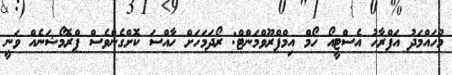
މުހައްމަދު އަފްރާހު އެސްޓީއޯ ހޯމް އިމްޕްރޫވްމަންޓް: ރޯދަމަހަށް ހާއްސަ ކޮށްގެންވެސް ޕްރޮމޯޝަނެއް ވަނީ